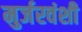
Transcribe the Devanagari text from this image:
मुर्जरवंशी